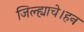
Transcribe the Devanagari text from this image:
जिल्ह्याचे।हन